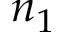
n _ { 1 }